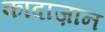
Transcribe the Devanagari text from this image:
कादाज़ान